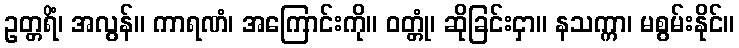
ဥတ္တရိံ၊ အလွန်။ ကာရဏံ၊ အကြောင်းကို။ ဝတ္တုံ၊ ဆိုခြင်းငှာ။ နသက္ကာ၊ မစွမ်းနိုင်။